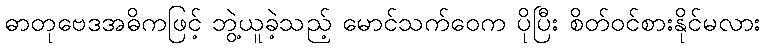
ဓာတုဗေဒအဓိကဖြင့် ဘွဲ့ယူခဲ့သည့် မောင်သက်ဝေက ပိုပြီး စိတ်ဝင်စားနိုင်မလား